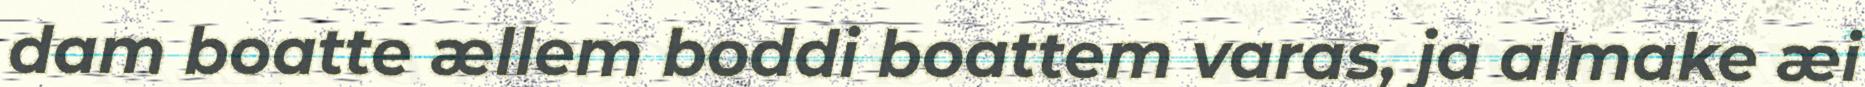
dam boatte ællem boddi boattem varas, ja almake æi